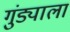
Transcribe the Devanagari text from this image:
गुंड्याला